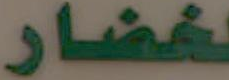
لخضار